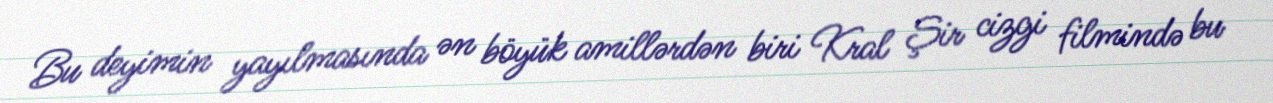
Bu deyimin yayılmasında ən böyük amillərdən biri Kral Şir cizgi filmində bu